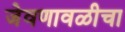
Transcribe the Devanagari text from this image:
जेवणावळीचा